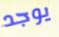
يوجد